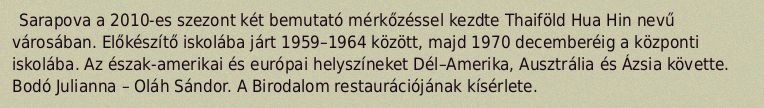
Sarapova a 2010-es szezont két bemutató mérkőzéssel kezdte Thaiföld Hua Hin nevű városában. Előkészítő iskolába járt 1959–1964 között, majd 1970 decemberéig a központi iskolába. Az észak-amerikai és európai helyszíneket Dél–Amerika, Ausztrália és Ázsia követte. Bodó Julianna – Oláh Sándor. A Birodalom restaurációjának kísérlete.